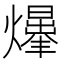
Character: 𤑥